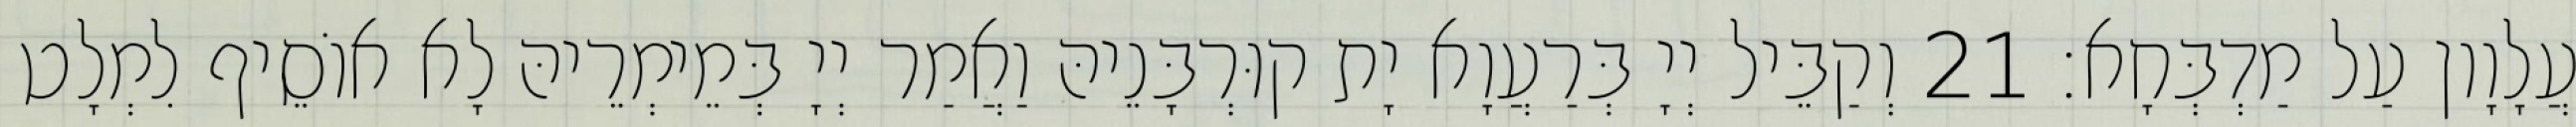
עֲלָוָון עַל מַדְבְּחָא׃ 21 וְקַבֵּיל יְיָ בְּרַעֲוָא יָת קוּרְבָּנֵיהּ וַאֲמַר יְיָ בְּמֵימְרֵיהּ לָא אוֹסֵיף לִמְלָט